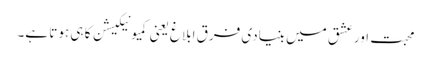
محبت اور عشق میں بنیادی فرق ابلاغ یعنی کمیونیکیشن کا ہی ہوتا ہے۔